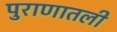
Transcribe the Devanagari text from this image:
पुराणातली